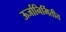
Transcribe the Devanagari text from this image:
ऊर्जानिर्मितीत